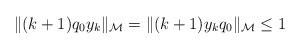
LaTeX: \begin{align*}\|(k+1)q_0y_k\|_{\mathcal M}=\|(k+1)y_k q_0\|_{\mathcal M}\leq1 \end{align*}